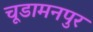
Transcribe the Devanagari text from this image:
चूडामनपुर